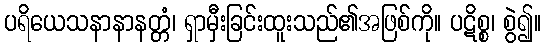
ပရိယေသနာနာနတ္တံ၊ ရှာမှီးခြင်းထူးသည်၏အဖြစ်ကို။ ပဋိစ္စ၊ စွဲ၍။